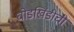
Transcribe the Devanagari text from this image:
घोडखिंडीची